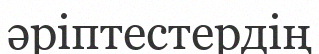
әріптестердің